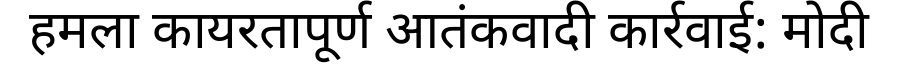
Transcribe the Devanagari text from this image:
हमला कायरतापूर्ण आतंकवादी कार्रवाई: मोदी